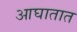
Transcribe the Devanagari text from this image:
आघातात